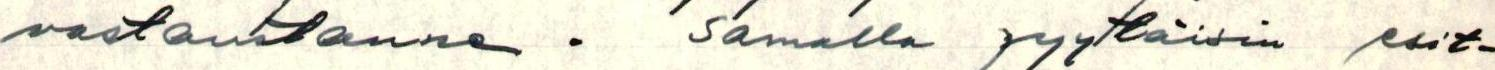
vastaustanne. Samalla pyytäisin esit-